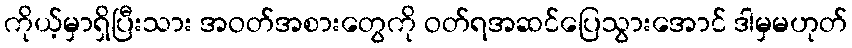
ကိုယ့်မှာရှိပြီးသား အဝတ်အစားတွေကို ဝတ်ရအဆင်ပြေသွားအောင် ဒါမှမဟုတ်